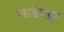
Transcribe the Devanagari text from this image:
भाडेपट्टा